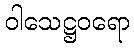
ဝါသေဋ္ဌဝရော